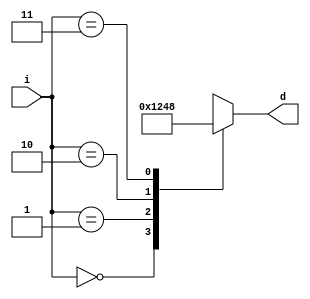
module decoder2x4(i, d);
  input [1:0] i;
  output [3:0] d;
  reg [3:0] d;

  always @(*) begin
    case (i)
      2'b00: d = 4'b0001;
      2'b01: d = 4'b0010;
      2'b10: d = 4'b0100;
      2'b11: d = 4'b1000;
      default: d = 4'b0000;  // Changed from 4'b0001 to handle undefined states explicitly
    endcase
  end
endmodule